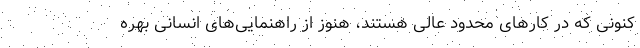
کنونی که در کارهای محدود عالی هستند، هنوز از راهنمایی‌های انسانی بهره